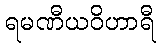
ရမဏီယဝိဟာရီ